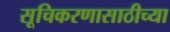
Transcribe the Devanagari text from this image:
सूचिकरणासाठीच्या